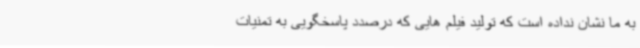
به ما نشان نداده است که تولید فیلم هایی که درصدد پاسخگویی به تمنیات